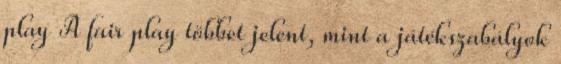
play A fair play többet jelent, mint a játékszabályok